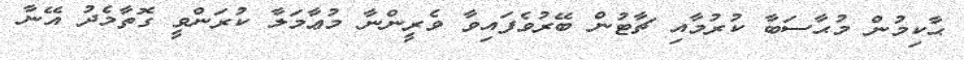
ޙާކިމުން މުޙާސަބާ ކުރުމާއި ޗާޓުން ބޭރުވެފައިވާ ވެރީންނާ މުޢާމަލާ ކުރަންވީ ގޮތާމެދު އޭނާ